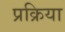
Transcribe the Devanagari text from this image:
प्रक्रिया